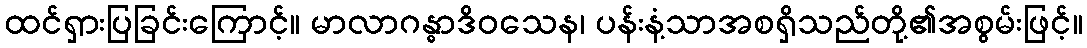
ထင်ရှားပြခြင်းကြောင့်။ မာလာဂန္ဓာဒိဝသေန၊ ပန်းနံ့သာအစရှိသည်တို့၏အစွမ်းဖြင့်။